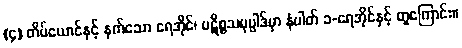
(၄) တိမ်ယောင်နှင့် နက်သော ရေအိုင်၊ ပဋိစ္စသမုပ္ပါဒ်မှာ နံပါတ် ၁-ရေအိုင်နှင့် တူကြောင်း။